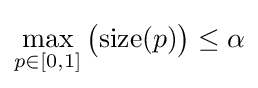
\max \limits _{p\in [0,1]}{\big (}{\mbox{size}}(p){\big )}\leq \alpha